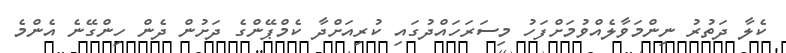
ކެލާ ދަތުރު ނިންމަވާލެއްވުމަށްފަހު މިސަރަހައްދުގައި ކުރިއަށްދާ ކެމްޕޭންގެ ދަށުން ދެން ހިންގޭނެ އެންމެ